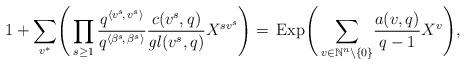
LaTeX: \begin{align*}1 + \sum_{v^*} \!\Bigg(\prod_{s\ge 1} \frac{q^{\langle v^s\!,\,v^s\rangle}} {q^{\langle \beta^s\!,\, \beta^s \rangle}} \frac{c(v^s, q)}{\mathit{gl}(v^s, q)} X^{sv^s}\Bigg) = \,\mathrm{Exp}\Bigg(\sum_{v\in\mathbb{N}^n\backslash\{0\}}\! \frac{a(v,q)} {q-1}X^v\Bigg),\end{align*}